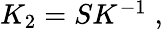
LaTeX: \begin{array}{r}{K_{2}=SK^{-1}\; ,}\end{array}